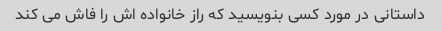
داستانی در مورد کسی بنویسید که راز خانواده اش را فاش می کند